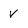
Character: v